King Institute of Preventive Medicine Micro-Biological Section reports 1912-19
Year: 1912
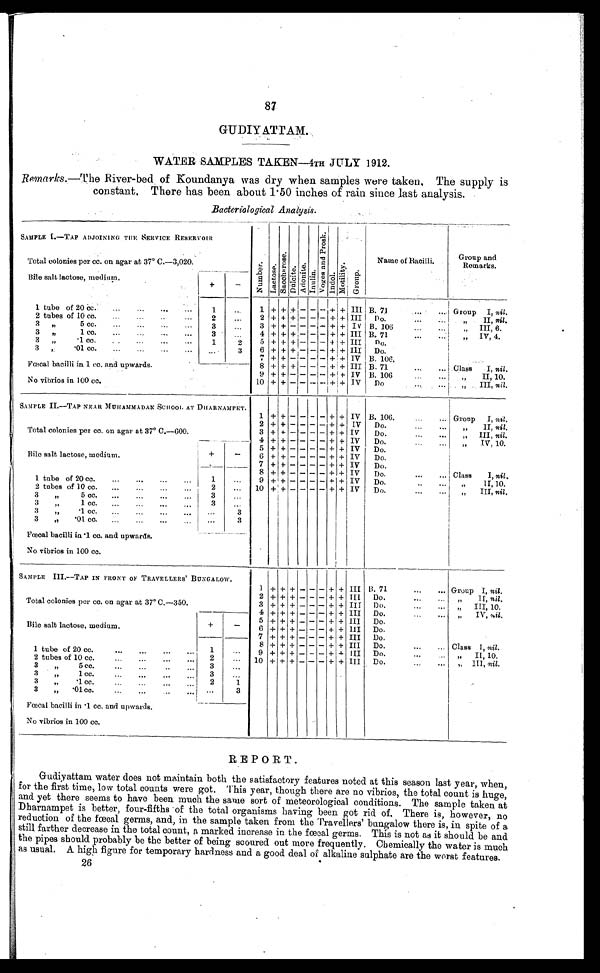
87
GUDIY ATTAM.
WATER SAMPLES TAKEN-4TH JULY 1912.
Remarks .—The River-bed of Koundanya was dry when samples were taken. The supply is
constant. There has been about 1.50 inches of rain since last analysis.
Bacteriological Analysis.
SAMPLE I.—TAP ADJOINING THE SERVICE RESERVOIR
N u m b e r .
L a c t o s e .
Sacchar ose.
Dul ci t e. A d o n i t e .
Inulin.
Vo g e s a n d P r o s k .
I ndol . Mot i l i t y.
Group.
Total colonies per cc. on agar at 37° C.—3,020.
Name of Bacillar.
G roup and
Remarks.
Bile salt lactose, medium.
+
–
1.tube of 20 cc.
1.
...
1 + +
+
- - - + + III B. 7l
Group I, nil.
2 tubes of 10 cc.
2
. . .
2 + + + - - - + + III
Do
„II, nil.
3„ 5 cc.
3
. . .
3 + + - - - - + + IV B. 106
„ III, 6.
3 „1 cc.,
3
. . .
4 + + -
+
- - + + III B. 71
„ IV, 4.
3 „ 1 cc.
1
2
5 + + +
+
- - + + III Do.
3 „ 0 1 c c .
. . . 3
6 + + - - - - +
+
III Do.
7 + + - - - - - + IV B. 106.
Fœcal bacilli in 1 cc. and upwards.
8 + + + - - - + + III B. 71
Class I, nil.
9 + + - - - - + + IV B. 106
„ II, 10.
No vibrios in 100 cc.
10 + + -
- - +
+
IV
Do
„ III, nil.
SAMPLE II.—TAP NEAR MOHAMMEDAN SCHOOl, AT DHARNAMPET.
1 + + - - - - + + IV B. 106.
Group
I, nil.
2
+ + + - - - - +
++ IV
Do.
„„ II, nil.
Total colonies per cc. on agar at 37° C.—600.
3 + + - - - - + + IV
Do.
„ III, nil.
4 + + - - - - + + IV
Do.
„ IV, 10.
5 + + - - - - + + IV
Do.
Bile salt lactose, medium.
+
-
6 + + - - - - + + IV
Do.
7 + + - - - - + + IV
Do.
8 + + - - - - + + IV
Do.
Class I, nil.
1 tube of 20 cc.
1
...
9 + + - - - - + + IV
Do.
„ II, 10.
2 tubes of 10 cc.
2
...
10 + + - - - - + + IV
Do.
„ I I I .
n i l .
3 „ 5 cc.
3
. . .
3 „1 cc.
3
...
3 „1 cc.
2
3
3 „.01 cc.
...
3
Fæcal bacilli in .1 cc. and upwards.
No vibrios in 100 cc.
SAMPLE III.—TAP IN FRONT OF TRAVELLERS ' BUNGALOW.
1 -I- + + — — — + + III B. 71
Group I, nil.
2 + + + - - - + + III
Do.
II, nil.
Total colonies per cc. on agar at 37° C.—350.
3 + + + - - - + + III Do.
III, 10.
4 + + + - - - + + III Do.
„ IV, nil.
5 + + + .- - - + + III
Do.
Bile salt lactose, medium.
+
-
6 + + + - - - + + III Do.
__
7
- - - ++ III Do.
8 + + + - - - + + III
Do.
Class 1, nil.
1 tube of 20 cc.
1
. . .
9 + + + - - -
+ + III Do.
„
II, 10.
2 tubes of 10 cc.
2
. . . 10 + + + - - - + + III Do.
„ III, nil.
3 „
5 cc.
3
. . .
3 „
1 cc.
3
. . .
3 „
, 1 cc.
2
1
3 „ .01 cc.
. . .
3
Foecal bacilli in .1 cc. and upwards.
No vibrios in 100 cc.
REPORT.
Gudiyattam water does not maintain both the satisfactory features noted at this season last year, when,
for the first time, low total counts were got. This year, though there are no vibrios, the total count is huge,
and yet there seems to have been much the same sort of meteorological conditions. The sample taken at
Dharnampet is better, four-fifths of the total organisms having been got rid of. There is, however, no
reduction of the fœcal germs, and, in the sample taken from the Travellers' bungalow there is, in spite of a
still farther decrease in the total count, a marked increase in the fœtal germs. This is not as it should be and
the pipes should probably be the better of being scoured out more frequently. Chemically the water is much
as usual. A. high figure for temporary hardness and a good deal of alkaline sulphate are the worst features.
26